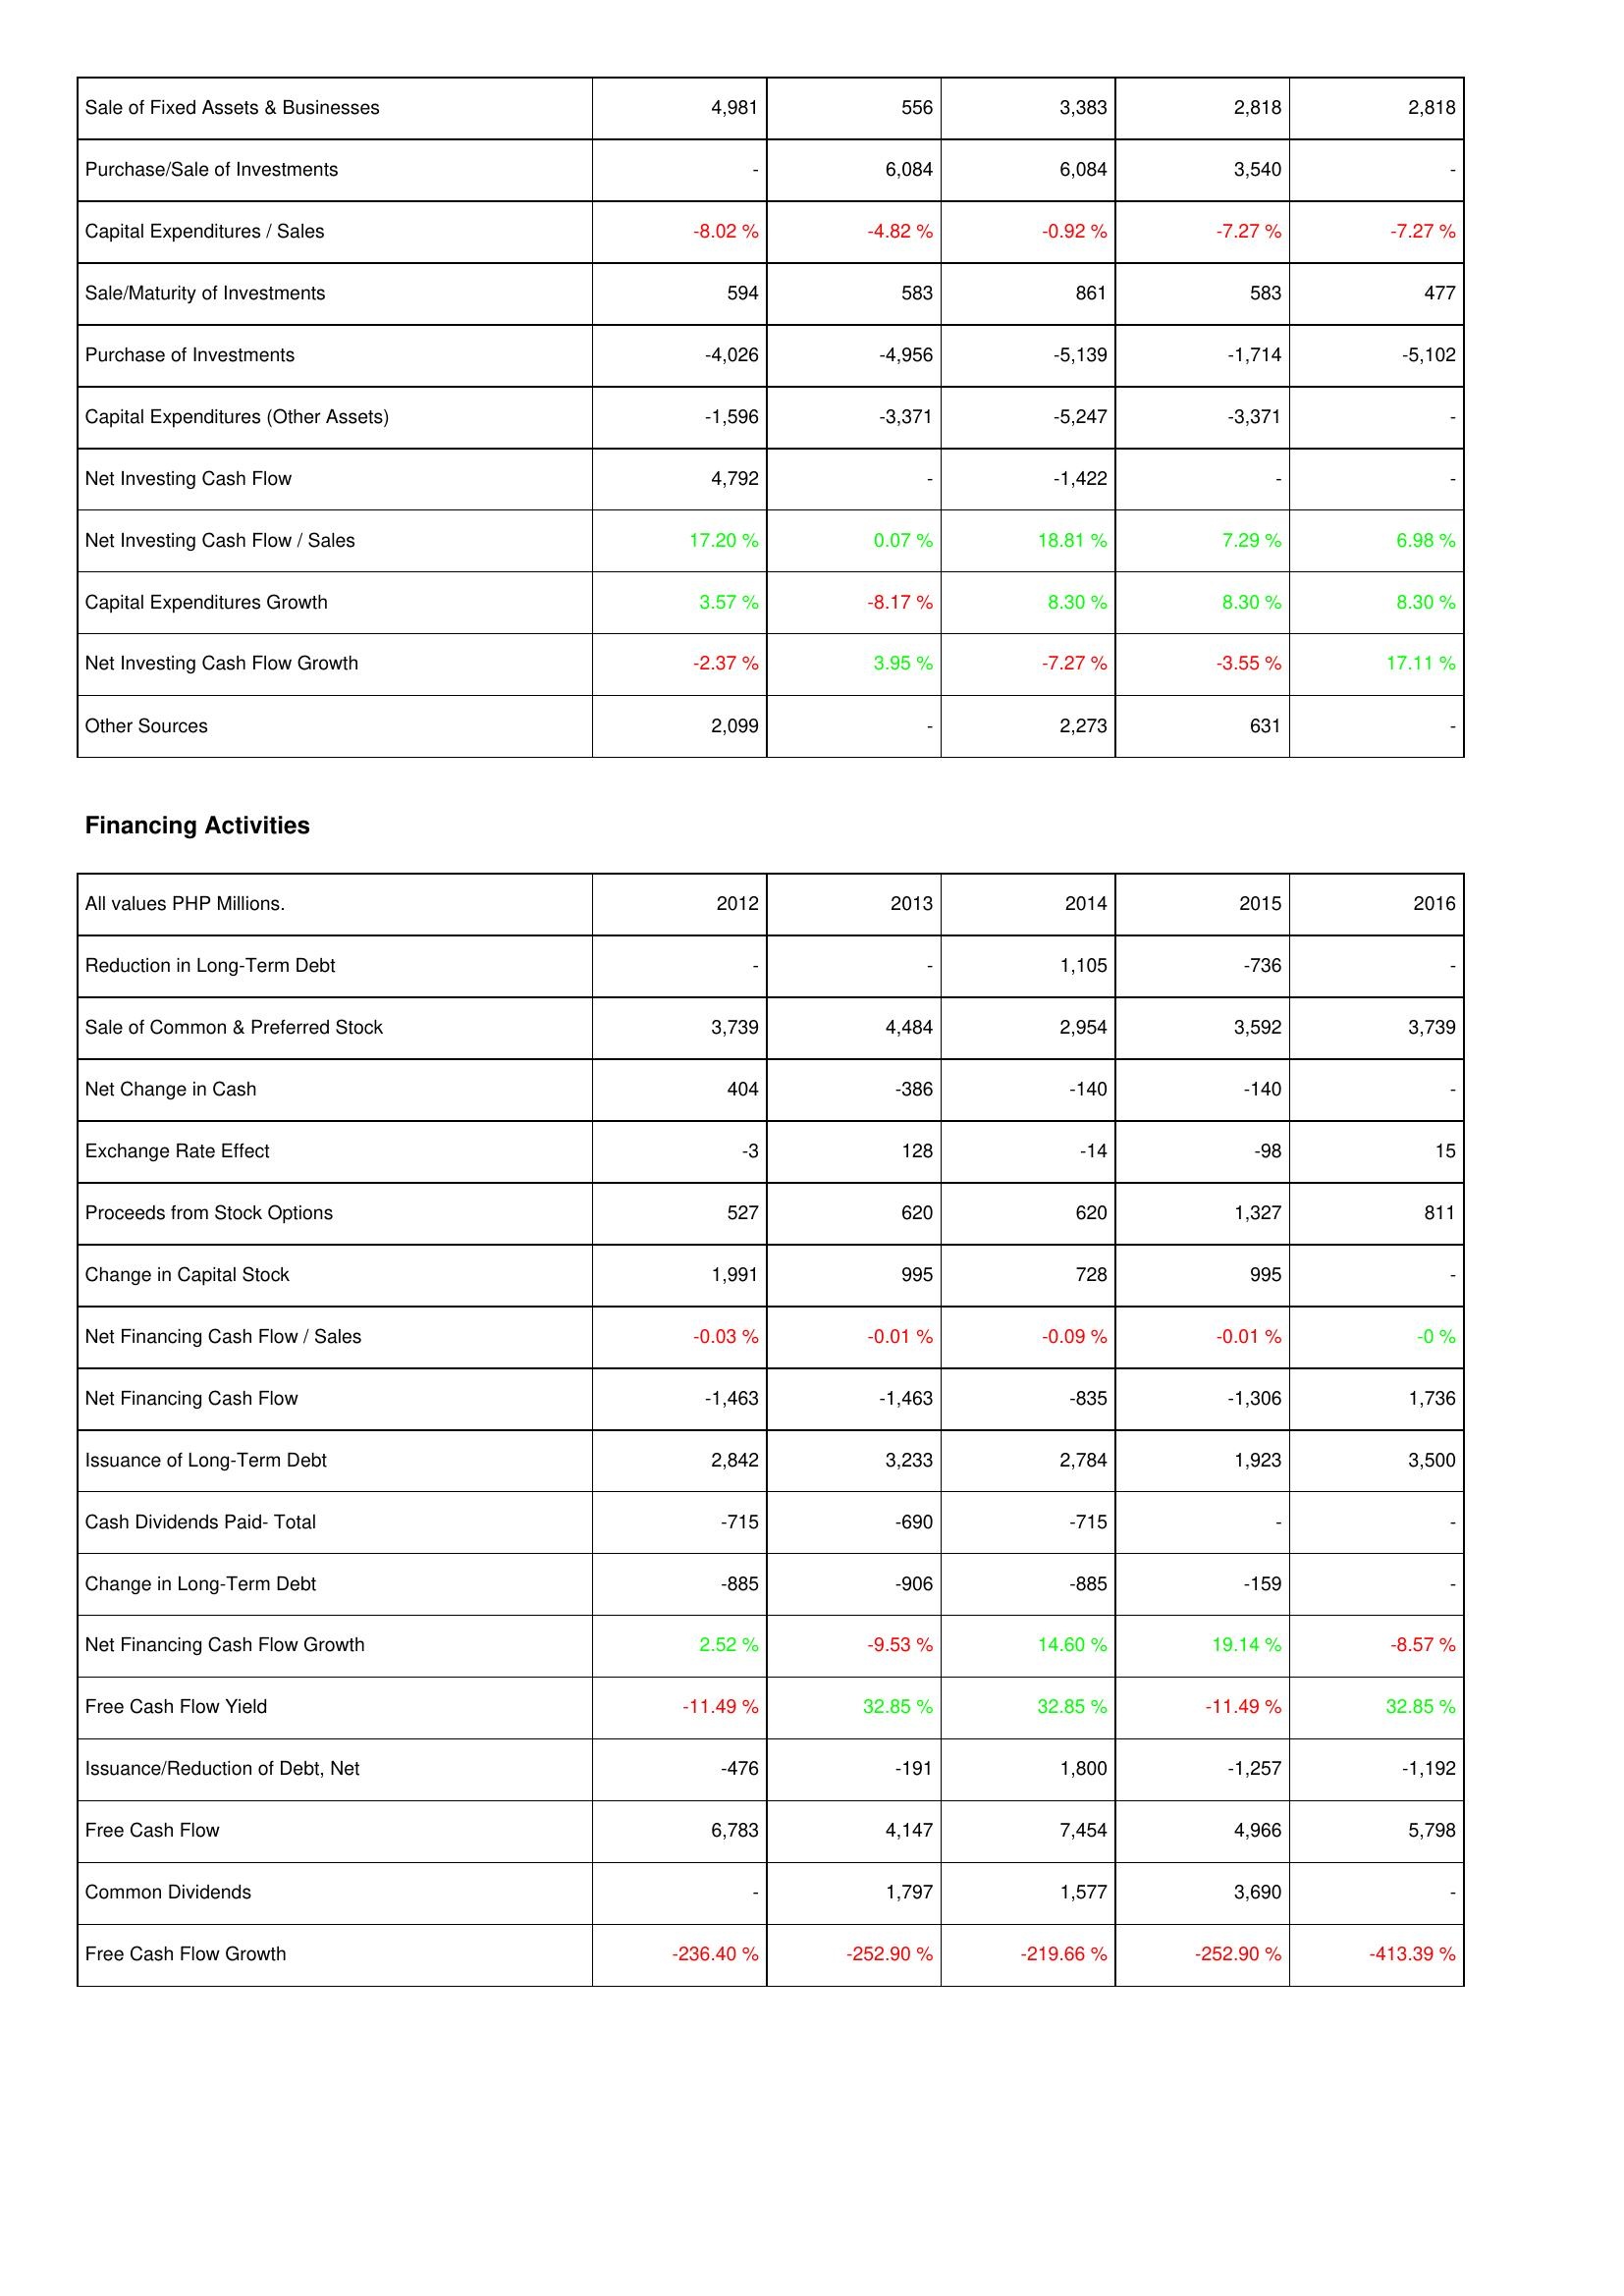
2012: Investing Activities: Sale of Fixed Assets & Businesses: 4,981
Purchase/Sale of Investments: -
Capital Expenditures / Sales: -8.02 %
Sale/Maturity of Investments: 594
Purchase of Investments: -4,026
Capital Expenditures (Other Assets): -1,596
Net Investing Cash Flow: 4,792
Net Investing Cash Flow / Sales: 17.20 %
Capital Expenditures Growth: 3.57 %
Net Investing Cash Flow Growth: -2.37 %
Other Sources: 2,099
Financing Activities: Reduction in Long-Term Debt: -
Sale of Common & Preferred Stock: 3,739
Net Change in Cash: 404
Exchange Rate Effect: -3
Proceeds from Stock Options: 527
Change in Capital Stock: 1,991
Net Financing Cash Flow / Sales: -0.03 %
Net Financing Cash Flow: -1,463
Issuance of Long-Term Debt: 2,842
Cash Dividends Paid- Total: -715
Change in Long-Term Debt: -885
Net Financing Cash Flow Growth: 2.52 %
Free Cash Flow Yield: -11.49 %
Issuance/Reduction of Debt, Net: -476
Free Cash Flow: 6,783
Common Dividends: -
Free Cash Flow Growth: -236.40 %
2013: Investing Activities: Sale of Fixed Assets & Businesses: 556
Purchase/Sale of Investments: 6,084
Capital Expenditures / Sales: -4.82 %
Sale/Maturity of Investments: 583
Purchase of Investments: -4,956
Capital Expenditures (Other Assets): -3,371
Net Investing Cash Flow: -
Net Investing Cash Flow / Sales: 0.07 %
Capital Expenditures Growth: -8.17 %
Net Investing Cash Flow Growth: 3.95 %
Other Sources: -
Financing Activities: Reduction in Long-Term Debt: -
Sale of Common & Preferred Stock: 4,484
Net Change in Cash: -386
Exchange Rate Effect: 128
Proceeds from Stock Options: 620
Change in Capital Stock: 995
Net Financing Cash Flow / Sales: -0.01 %
Net Financing Cash Flow: -1,463
Issuance of Long-Term Debt: 3,233
Cash Dividends Paid- Total: -690
Change in Long-Term Debt: -906
Net Financing Cash Flow Growth: -9.53 %
Free Cash Flow Yield: 32.85 %
Issuance/Reduction of Debt, Net: -191
Free Cash Flow: 4,147
Common Dividends: 1,797
Free Cash Flow Growth: -252.90 %
2014: Investing Activities: Sale of Fixed Assets & Businesses: 3,383
Purchase/Sale of Investments: 6,084
Capital Expenditures / Sales: -0.92 %
Sale/Maturity of Investments: 861
Purchase of Investments: -5,139
Capital Expenditures (Other Assets): -5,247
Net Investing Cash Flow: -1,422
Net Investing Cash Flow / Sales: 18.81 %
Capital Expenditures Growth: 8.30 %
Net Investing Cash Flow Growth: -7.27 %
Other Sources: 2,273
Financing Activities: Reduction in Long-Term Debt: 1,105
Sale of Common & Preferred Stock: 2,954
Net Change in Cash: -140
Exchange Rate Effect: -14
Proceeds from Stock Options: 620
Change in Capital Stock: 728
Net Financing Cash Flow / Sales: -0.09 %
Net Financing Cash Flow: -835
Issuance of Long-Term Debt: 2,784
Cash Dividends Paid- Total: -715
Change in Long-Term Debt: -885
Net Financing Cash Flow Growth: 14.60 %
Free Cash Flow Yield: 32.85 %
Issuance/Reduction of Debt, Net: 1,800
Free Cash Flow: 7,454
Common Dividends: 1,577
Free Cash Flow Growth: -219.66 %
2015: Investing Activities: Sale of Fixed Assets & Businesses: 2,818
Purchase/Sale of Investments: 3,540
Capital Expenditures / Sales: -7.27 %
Sale/Maturity of Investments: 583
Purchase of Investments: -1,714
Capital Expenditures (Other Assets): -3,371
Net Investing Cash Flow: -
Net Investing Cash Flow / Sales: 7.29 %
Capital Expenditures Growth: 8.30 %
Net Investing Cash Flow Growth: -3.55 %
Other Sources: 631
Financing Activities: Reduction in Long-Term Debt: -736
Sale of Common & Preferred Stock: 3,592
Net Change in Cash: -140
Exchange Rate Effect: -98
Proceeds from Stock Options: 1,327
Change in Capital Stock: 995
Net Financing Cash Flow / Sales: -0.01 %
Net Financing Cash Flow: -1,306
Issuance of Long-Term Debt: 1,923
Cash Dividends Paid- Total: -
Change in Long-Term Debt: -159
Net Financing Cash Flow Growth: 19.14 %
Free Cash Flow Yield: -11.49 %
Issuance/Reduction of Debt, Net: -1,257
Free Cash Flow: 4,966
Common Dividends: 3,690
Free Cash Flow Growth: -252.90 %
2016: Investing Activities: Sale of Fixed Assets & Businesses: 2,818
Purchase/Sale of Investments: -
Capital Expenditures / Sales: -7.27 %
Sale/Maturity of Investments: 477
Purchase of Investments: -5,102
Capital Expenditures (Other Assets): -
Net Investing Cash Flow: -
Net Investing Cash Flow / Sales: 6.98 %
Capital Expenditures Growth: 8.30 %
Net Investing Cash Flow Growth: 17.11 %
Other Sources: -
Financing Activities: Reduction in Long-Term Debt: -
Sale of Common & Preferred Stock: 3,739
Net Change in Cash: -
Exchange Rate Effect: 15
Proceeds from Stock Options: 811
Change in Capital Stock: -
Net Financing Cash Flow / Sales: -0 %
Net Financing Cash Flow: 1,736
Issuance of Long-Term Debt: 3,500
Cash Dividends Paid- Total: -
Change in Long-Term Debt: -
Net Financing Cash Flow Growth: -8.57 %
Free Cash Flow Yield: 32.85 %
Issuance/Reduction of Debt, Net: -1,192
Free Cash Flow: 5,798
Common Dividends: -
Free Cash Flow Growth: -413.39 %